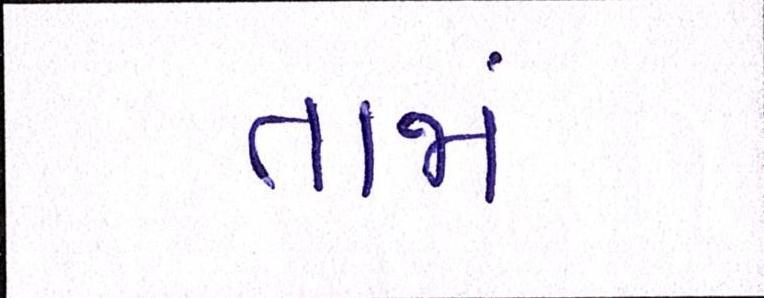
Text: તાજાં